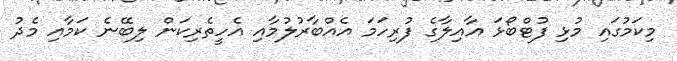
މިކަމުގައި މުޅި ފުޓްބޯޅަ އާއިލާގެ ފުރިހަމަ އެއްބާރުލުމާއި އެހީތެރިކަން ލިބޭނެ ކަމާއި މެދު